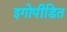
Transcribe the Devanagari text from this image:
इगोपीडित